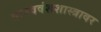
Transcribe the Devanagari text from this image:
मानववंशशास्त्रावर